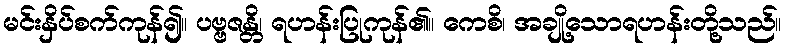
မင်းနှိပ်စက်ကုန်၍။ ပဗ္ဗဇန္တိ၊ ရဟန်းပြုကုန်၏။ ကေစိ၊ အချို့သောရဟန်းတို့သည်။